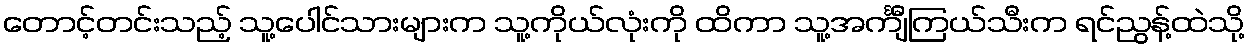
တောင့်တင်းသည့် သူ့ပေါင်သားများက သူ့ကိုယ်လုံးကို ထိကာ သူ့အင်္ကျီကြယ်သီးက ရင်ညွန့်ထဲသို့